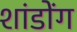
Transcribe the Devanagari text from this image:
शांडोंग